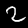
Digit: 2